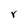
Character: r